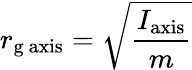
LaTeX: r_{\mathrm{g}{\mathrm{~axis}}}={\sqrt{\frac{I_{\mathrm{axis}}}{m}}}